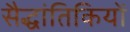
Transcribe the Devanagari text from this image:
सैद्धांतिकियों